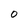
Character: 0